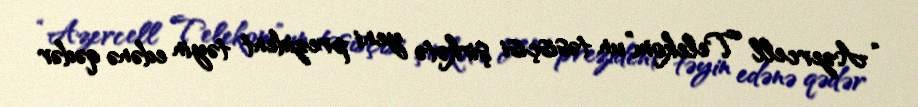
“Azercell Telekom”un təsisçisi şirkətə yeni prezident təyin edənə qədər